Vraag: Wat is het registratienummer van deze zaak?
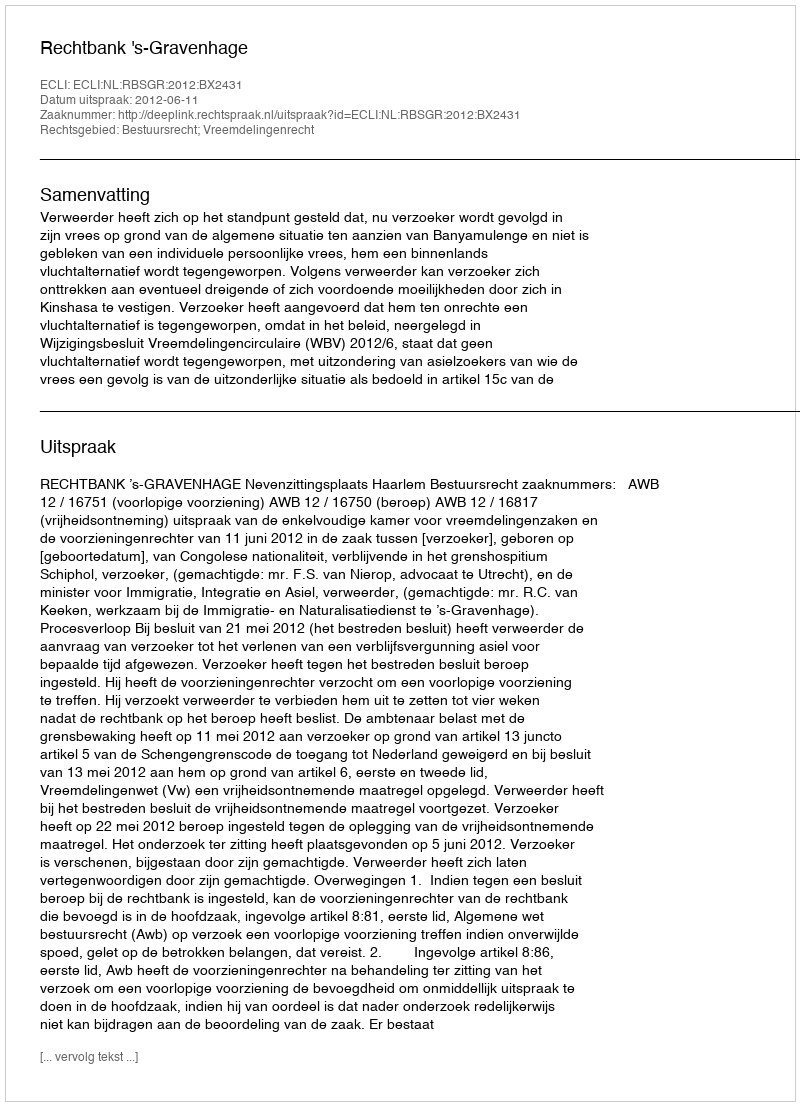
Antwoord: http://deeplink.rechtspraak.nl/uitspraak?id=ECLI:NL:RBSGR:2012:BX2431